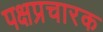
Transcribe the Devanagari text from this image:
पक्षप्रचारक